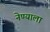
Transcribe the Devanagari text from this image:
नेण्याला